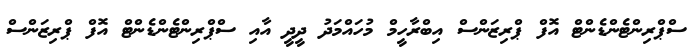
ސްޕްރިންޓެންޑެންޓް އޮފް ޕްރިޒަންސް އިބްރާހީމް މުހައްމަދު ދީދީ އާއި ސްޕްރިންޓެންޑެންޓް އޮފް ޕްރިޒަންސް